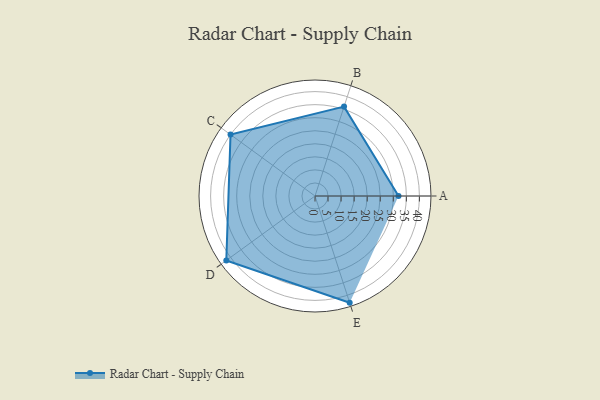
{"axis": {"x": "Skill", "y": "Score"}, "legend": ["Profile"], "data": [{"x": "A", "y": 32.0, "type": "Profile"}, {"x": "B", "y": 36.0, "type": "Profile"}, {"x": "C", "y": 40.0, "type": "Profile"}, {"x": "D", "y": 42.0, "type": "Profile"}, {"x": "E", "y": 43.0, "type": "Profile"}]}